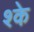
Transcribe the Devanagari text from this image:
श्के